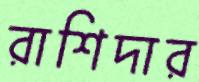
রাশিদার